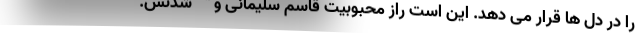
را در دل ها قرار می دهد. این است راز محبوبیت قاسم سلیمانی و " " شدنش.